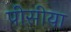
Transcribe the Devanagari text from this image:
पीसीया